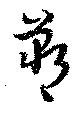
鄲